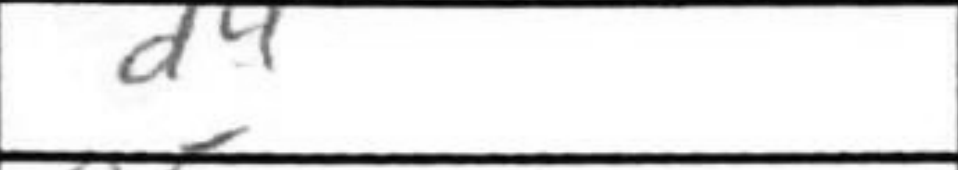
Transcription: d4